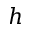
h